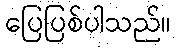
ပြေပြစ်ပါသည်။